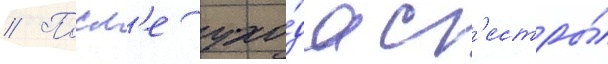
// Посл'е ухо́да с'естры́